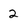
Character: 2